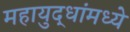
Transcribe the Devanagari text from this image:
महायुद्धांमध्ये